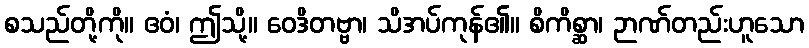
စသည်တို့ကို။ ဧဝံ၊ ဤသို့။ ဝေဒိတဗ္ဗာ၊ သိအပ်ကုန်၏။ စိကိစ္ဆာ၊ ဉာဏ်တည်းဟူသော